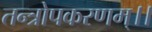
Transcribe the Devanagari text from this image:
तन्त्रोपकरणम्।।